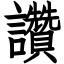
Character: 讚